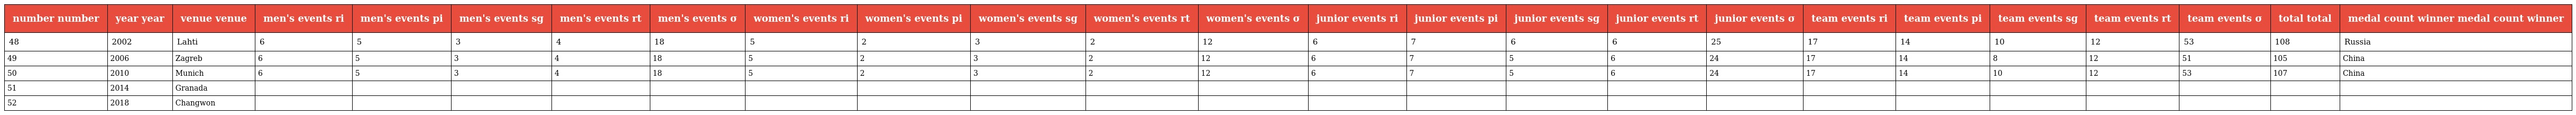
| number number | year year | venue venue | men's events ri | men's events pi | men's events sg | men's events rt | men's events σ | women's events ri | women's events pi | women's events sg | women's events rt | women's events σ | junior events ri | junior events pi | junior events sg | junior events rt | junior events σ | team events ri | team events pi | team events sg | team events rt | team events σ | total total | medal count winner medal count winner |
 | --- | --- | --- | --- | --- | --- | --- | --- | --- | --- | --- | --- | --- | --- | --- | --- | --- | --- | --- | --- | --- | --- | --- | --- | --- |
 | 48 | 2002 | Lahti | 6 | 5 | 3 | 4 | 18 | 5 | 2 | 3 | 2 | 12 | 6 | 7 | 6 | 6 | 25 | 17 | 14 | 10 | 12 | 53 | 108 | Russia |
 | 49 | 2006 | Zagreb | 6 | 5 | 3 | 4 | 18 | 5 | 2 | 3 | 2 | 12 | 6 | 7 | 5 | 6 | 24 | 17 | 14 | 8 | 12 | 51 | 105 | China |
 | 50 | 2010 | Munich | 6 | 5 | 3 | 4 | 18 | 5 | 2 | 3 | 2 | 12 | 6 | 7 | 5 | 6 | 24 | 17 | 14 | 10 | 12 | 53 | 107 | China |
 | 51 | 2014 | Granada |  |  |  |  |  |  |  |  |  |  |  |  |  |  |  |  |  |  |  |  |  |  |
 | 52 | 2018 | Changwon |  |  |  |  |  |  |  |  |  |  |  |  |  |  |  |  |  |  |  |  |  |  |